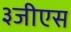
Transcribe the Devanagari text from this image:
३जीएस